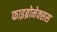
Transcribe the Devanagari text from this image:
फाइब्रोनेक्सस